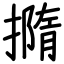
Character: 撱